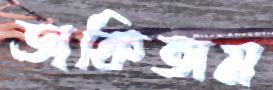
ডাকিতাম